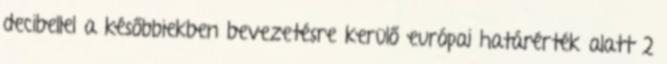
decibellel a későbbiekben bevezetésre kerülő európai határérték alatt 2